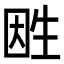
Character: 𤯠